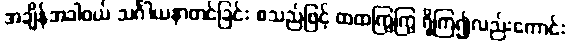
အချိန်အခါဝယ် သင်္ဂါယနာတင်ခြင်း စသည်ဖြင့် ထထကြွကြွ ရှိကြ၍လည်းကောင်း